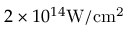
2 \times 1 0 ^ { 1 4 } \mathrm { W / c m ^ { 2 } }